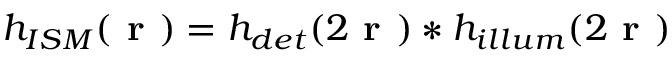
h _ { I S M } ( \textbf { r } ) = h _ { d e t } ( 2 \textbf { r } ) \ast h _ { i l l u m } ( 2 \textbf { r } )